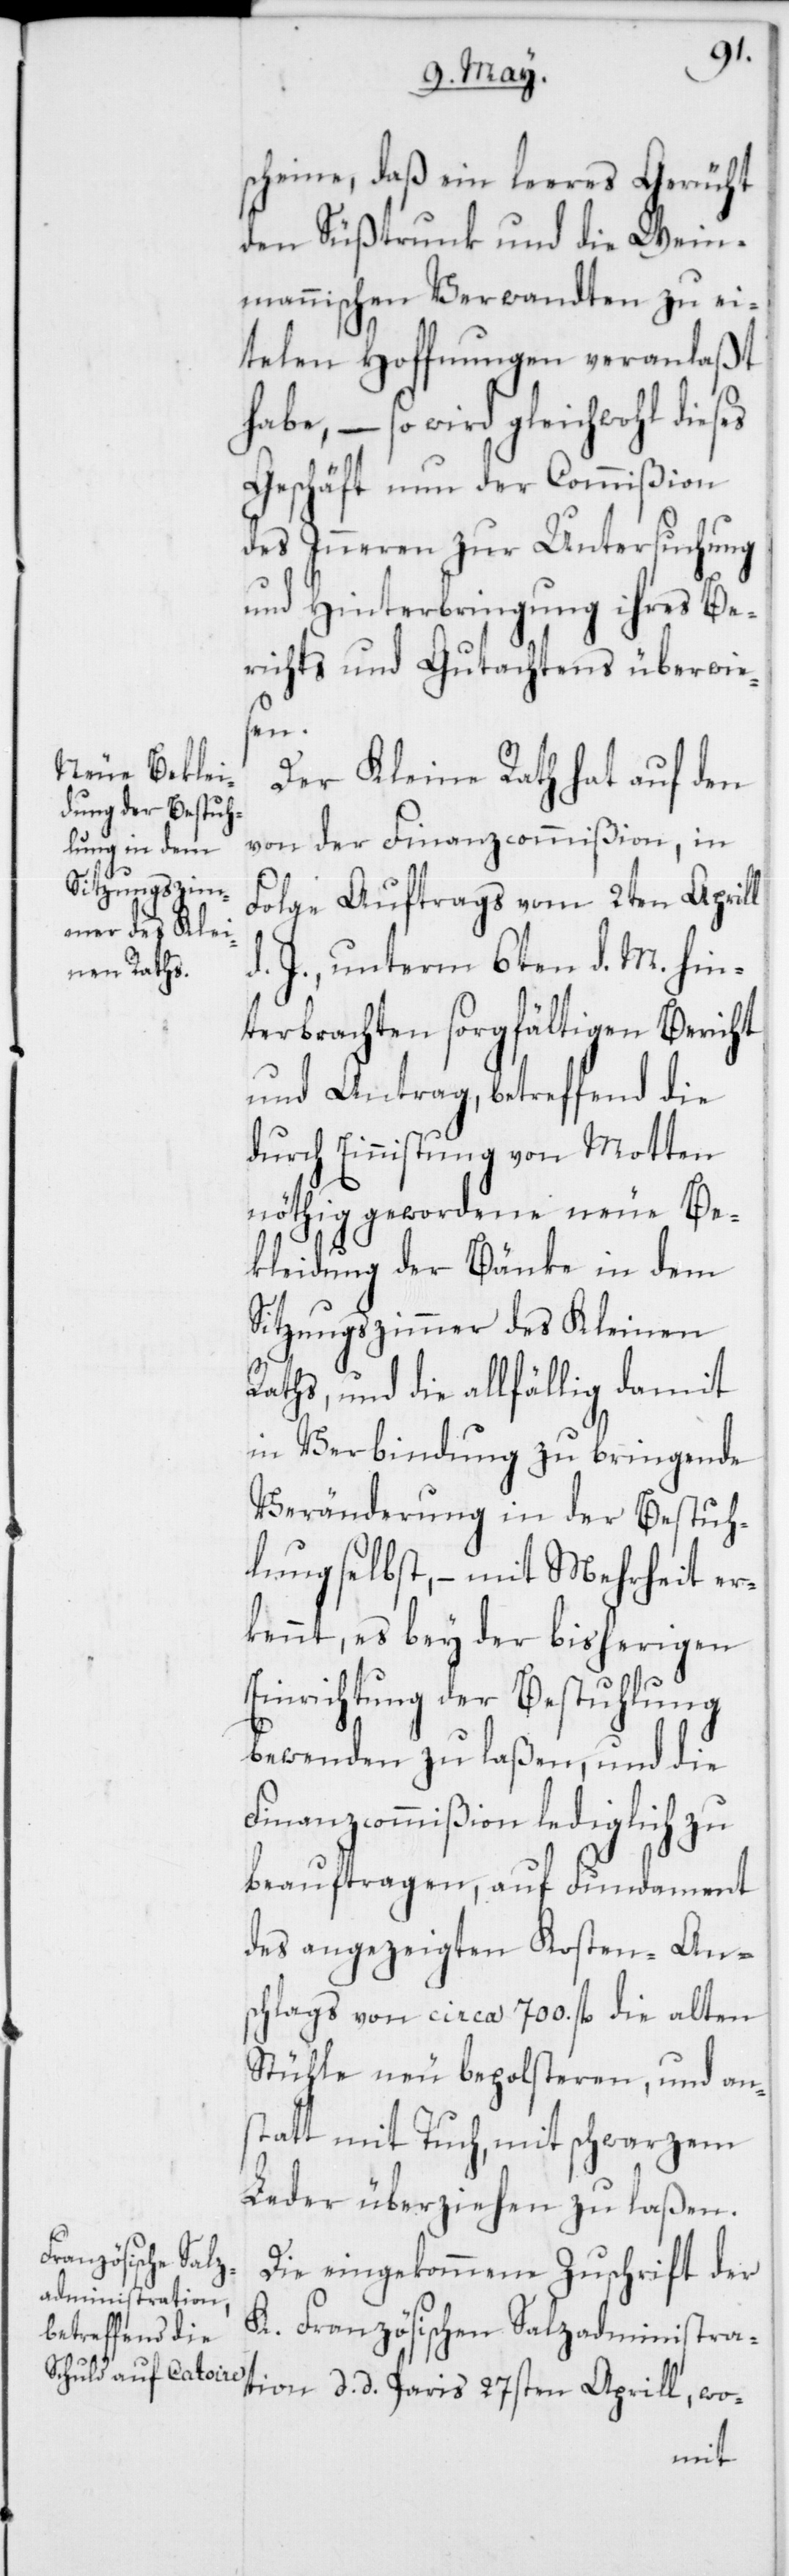
scheine, daß ein leeres Gerücht
den Süßtrunk und die Wein¬
mannischen Verwandten zu ei¬
telen Hoffnungen veranlaßt
habe, – so wird gleichwohl dieses
Geschäft nun der Commißion
des Inneren zur Untersuchung
und Hinterbringung ihres Be¬
richts und Gutachtens überwie¬
sen.
Der Kleine Rath hat auf den
von der Finanzcommißion, in
Folge Auftrags vom 2ten Aprill
d. J. unterm 6ten d. M. hin¬
terbrachten sorgfältigen Bericht
und Antrag, betreffend die
durch Einnistung von Motten
nöthig gewordene neue Be¬
kleidung der Bänke in dem
Sitzungszimmer des Kleinen
Raths, und die allfällig damit
in Verbindung zu bringende
Veränderung in der Bestuh¬
lung selbst, – mit Mehrheit er¬
kennt, es bey der bisherigen
Einrichtung der Bestuhlung
bewenden zu laßen, und die
Finanzcommißion lediglich zu
beauftragen, auf Fundament
des angezeigten Kosten-Ans¬
chlags von circa 700. fl. die alten
Stühle neu bepolsteren, und an¬
statt mit Tuch, mit schwarzem
Leder überziehen zu laßen.
Die eingekommene Zuschrift der
K. Französischen Salzadministra¬
tion, d. d. Paris 27sten Aprill, wo-